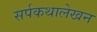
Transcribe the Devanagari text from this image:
सर्पकथालेखन